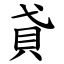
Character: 貣